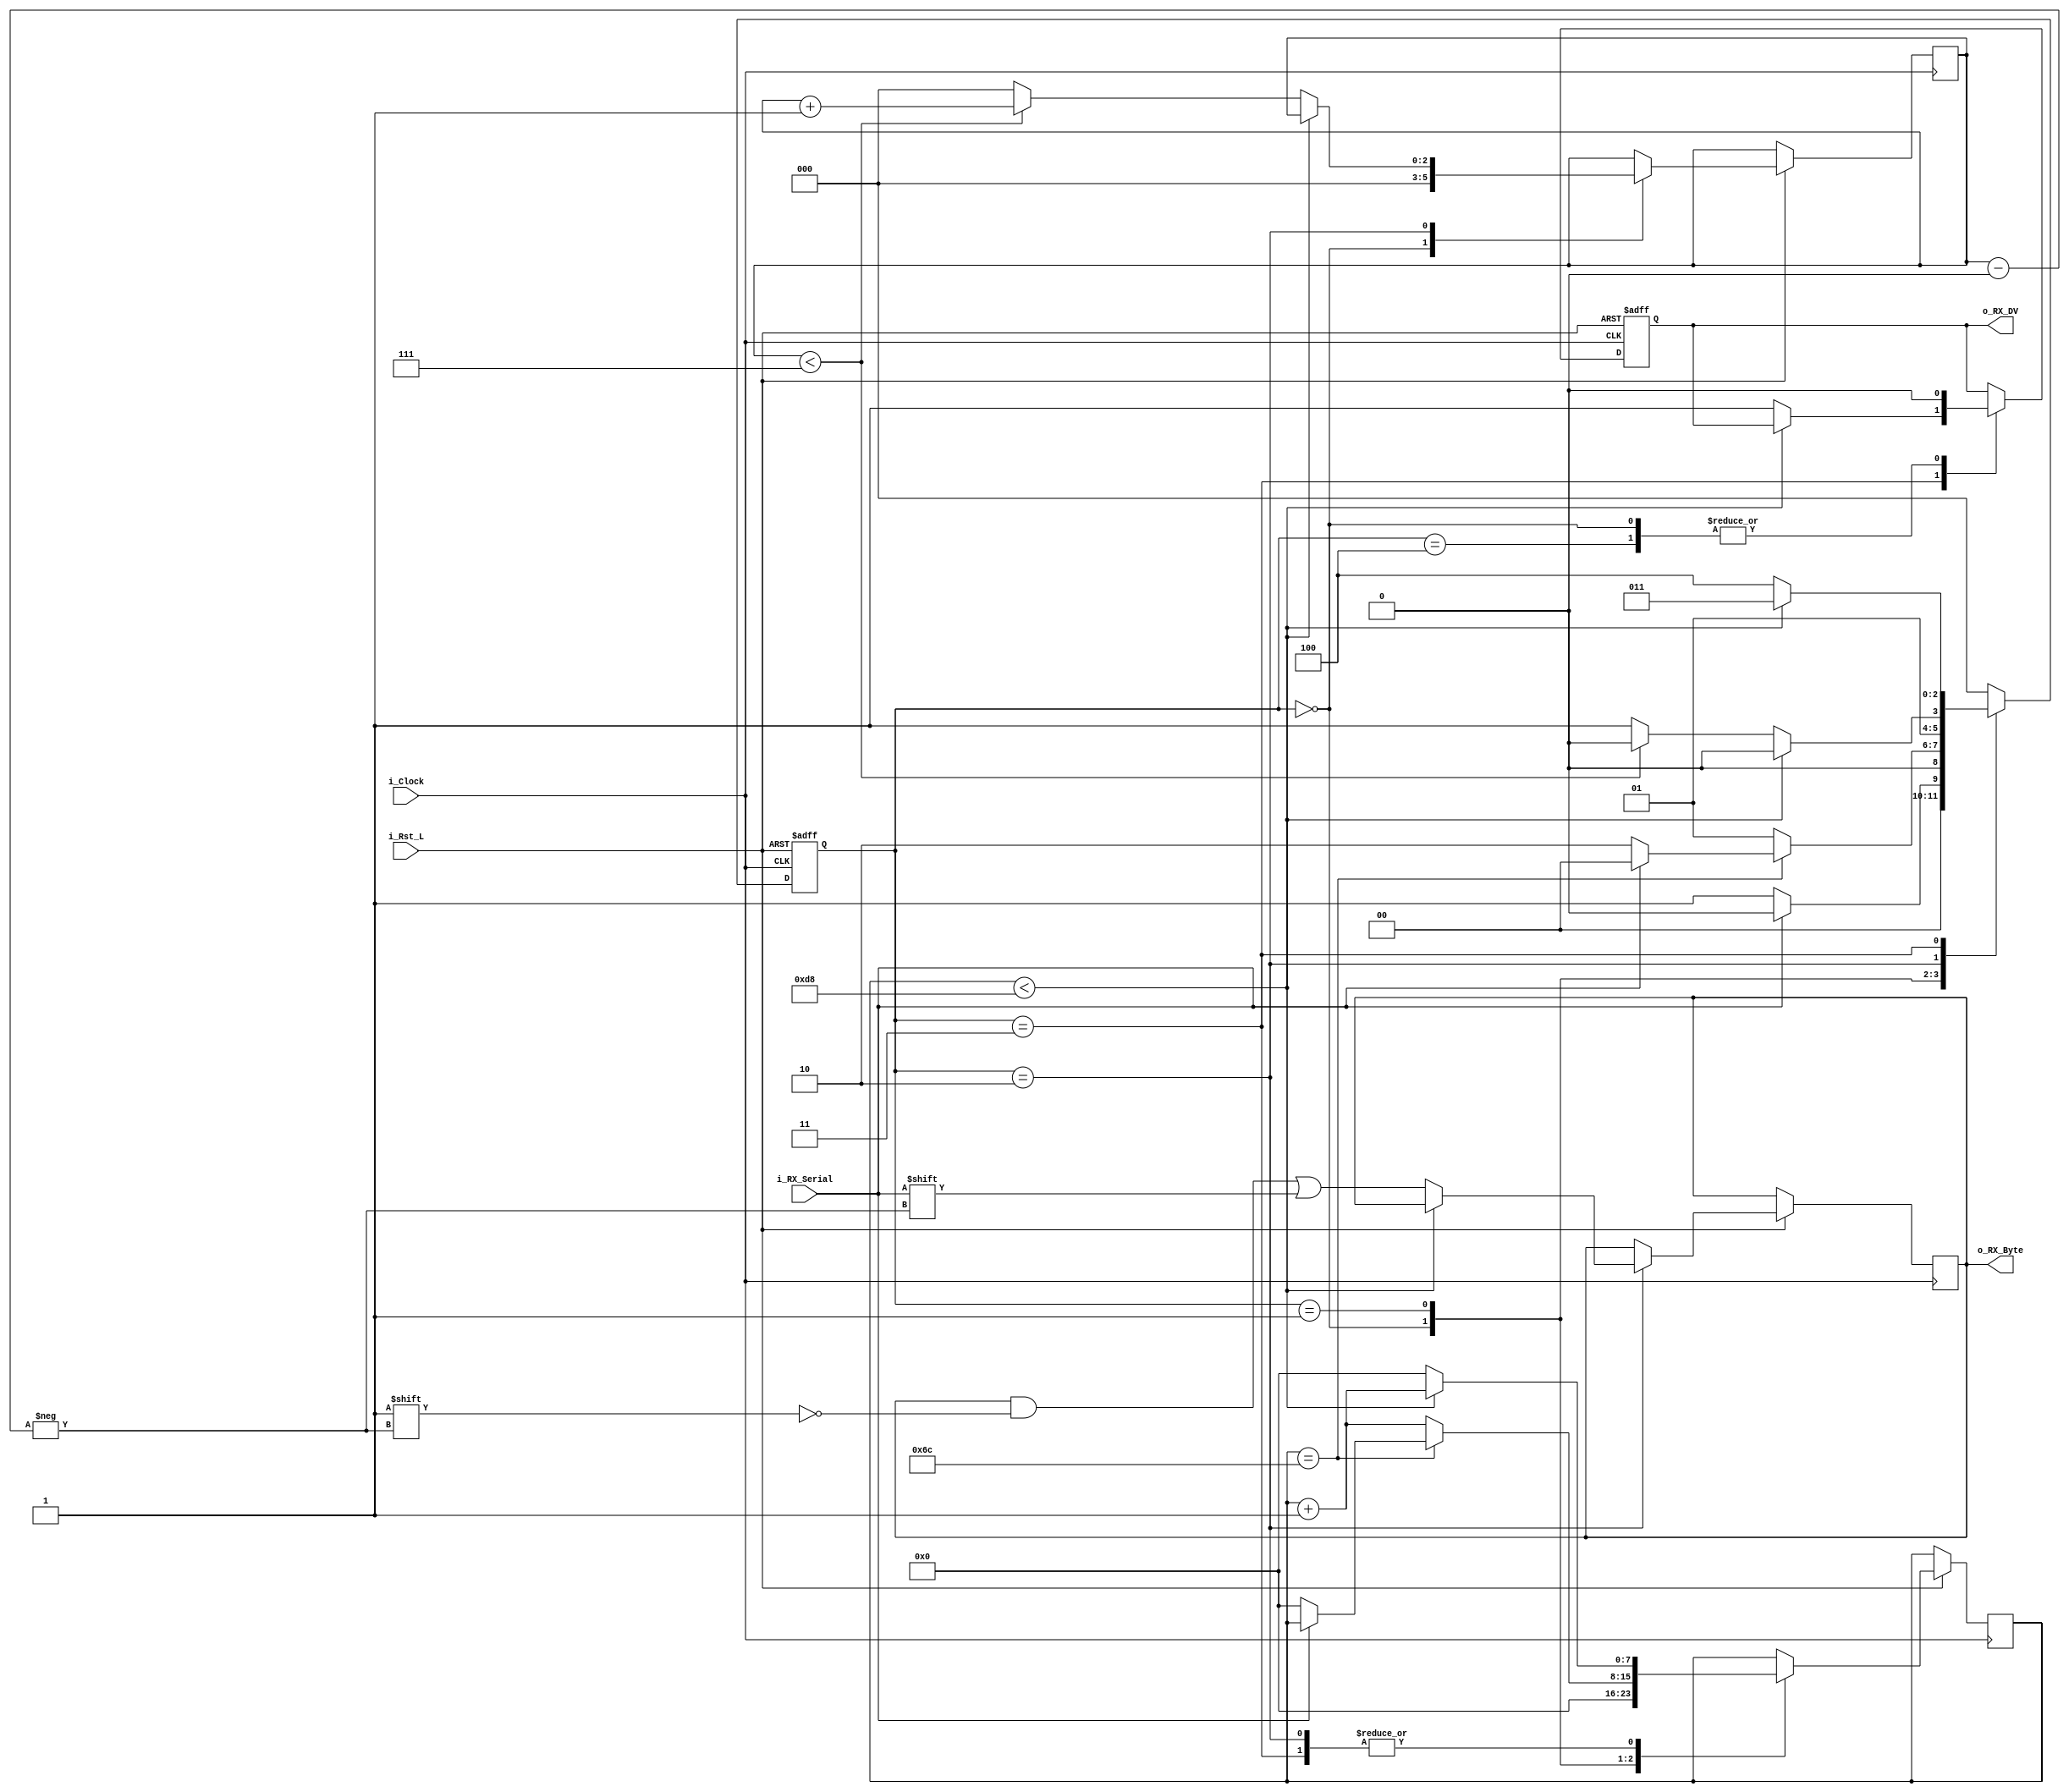
//////////////////////////////////////////////////////////////////////
//////////////////////////////////////////////////////////////////////
// Description: This file contains the UART Receiver.  This receiver is 
//              able to receive 8 bits of serial data, one start bit, one 
//              stop bit, and no parity bit.  When receive is complete 
//              o_RX_DV will be driven high for one clock cycle.
// 

//////////////////////////////////////////////////////////////////////////////
`ifndef UART_RX_
`define UART_RX_ 1
module UART_RX #(
    parameter CLOCK_SPEED = 25_000_000,
    parameter BAUD_RATE   = 115_200
) (
    input            i_Rst_L,
    input            i_Clock,
    input            i_RX_Serial,
    output reg       o_RX_DV,
    output reg [7:0] o_RX_Byte
);
  localparam CLKS_PER_BIT = CLOCK_SPEED / BAUD_RATE;
  localparam IDLE = 3'b000;
  localparam RX_START_BIT = 3'b001;
  localparam RX_DATA_BITS = 3'b010;
  localparam RX_STOP_BIT = 3'b011;
  localparam CLEANUP = 3'b100;

  reg [$clog2(CLKS_PER_BIT)-1:0] r_Clock_Count;
  reg [2:0] r_Bit_Index;  //8 bits total
  reg [2:0] r_SM_Main;


  // Purpose: Control RX state machine
  always @(posedge i_Clock or negedge i_Rst_L) begin
    if (~i_Rst_L) begin
      r_SM_Main <= 3'b000;
      o_RX_DV   <= 1'b0;
    end else begin
      case (r_SM_Main)
        IDLE: begin
          o_RX_DV       <= 1'b0;
          r_Clock_Count <= 0;
          r_Bit_Index   <= 0;

          if (i_RX_Serial == 1'b0)  // Start bit detected
            r_SM_Main <= RX_START_BIT;
          else r_SM_Main <= IDLE;
        end

        // Check middle of start bit to make sure it's still low
        RX_START_BIT: begin
          if (r_Clock_Count == (CLKS_PER_BIT - 1) / 2) begin
            if (i_RX_Serial == 1'b0) begin
              r_Clock_Count <= 0;  // reset counter, found the middle
              r_SM_Main     <= RX_DATA_BITS;
            end else r_SM_Main <= IDLE;
          end else begin
            r_Clock_Count <= r_Clock_Count + 1;
            r_SM_Main     <= RX_START_BIT;
          end
        end  // case: RX_START_BIT


        // Wait CLKS_PER_BIT-1 clock cycles to sample serial data
        RX_DATA_BITS: begin
          if (r_Clock_Count < CLKS_PER_BIT - 1) begin
            r_Clock_Count <= r_Clock_Count + 1;
            r_SM_Main     <= RX_DATA_BITS;
          end else begin
            r_Clock_Count          <= 0;
            o_RX_Byte[r_Bit_Index] <= i_RX_Serial;

            // Check if we have received all bits
            if (r_Bit_Index < 7) begin
              r_Bit_Index <= r_Bit_Index + 1;
              r_SM_Main   <= RX_DATA_BITS;
            end else begin
              r_Bit_Index <= 0;
              r_SM_Main   <= RX_STOP_BIT;
            end
          end
        end  // case: RX_DATA_BITS


        // Receive Stop bit.  Stop bit = 1
        RX_STOP_BIT: begin
          // Wait CLKS_PER_BIT-1 clock cycles for Stop bit to finish
          if (r_Clock_Count < CLKS_PER_BIT - 1) begin
            r_Clock_Count <= r_Clock_Count + 1;
            r_SM_Main     <= RX_STOP_BIT;
          end else begin
            o_RX_DV       <= 1'b1;
            r_Clock_Count <= 0;
            r_SM_Main     <= CLEANUP;
          end
        end  // case: RX_STOP_BIT


        // Stay here 1 clock
        CLEANUP: begin
          r_SM_Main <= IDLE;
          o_RX_DV   <= 1'b0;
        end


        default: r_SM_Main <= IDLE;

      endcase
    end  // else: !if(~i_Rst_L)
  end  // always @ (posedge i_Clock or negedge i_Rst_L)

endmodule  // UART_RX
`endif